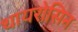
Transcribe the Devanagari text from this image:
थायरोसिन